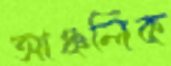
আঞ্চলিক